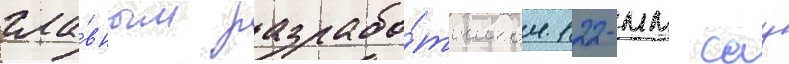
гла́вным разрабо́тчиком 122-мм сау